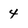
Character: 4